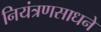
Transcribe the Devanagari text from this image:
नियंत्रणसाधने